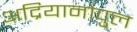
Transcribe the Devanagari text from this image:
अद्रियानोपुल